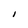
Character: I